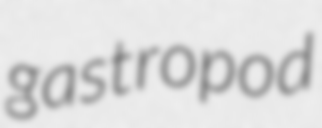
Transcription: gastropod